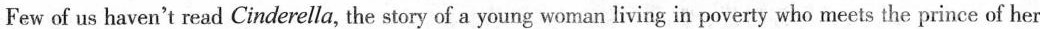
Few of us haven't read Cinderella, the story of a young woman living in poverty who meets the prince of her